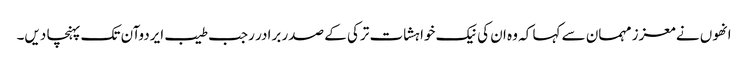
انھوں نے معزز مہمان سے کہا کہ وہ ان کی نیک خواہشات ترکی کے صدر برادر رجب طیب ایردوآن تک پہنچا دیں۔